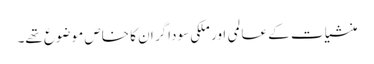
منشیات کے عالمی اور ملکی سوداگر ان کا خاص موضوع تھے۔